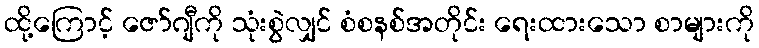
ထို့ကြောင့် ဇော်ဂျီကို သုံးစွဲလျှင် စံစနစ်အတိုင်း ရေးထားသော စာများကို